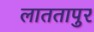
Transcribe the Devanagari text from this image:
लाततापुर